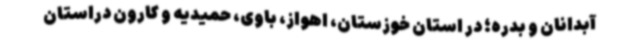
آبدانان و بدره؛ در استان خوزستان، اهواز، باوی، حمیدیه و کارون دراستان